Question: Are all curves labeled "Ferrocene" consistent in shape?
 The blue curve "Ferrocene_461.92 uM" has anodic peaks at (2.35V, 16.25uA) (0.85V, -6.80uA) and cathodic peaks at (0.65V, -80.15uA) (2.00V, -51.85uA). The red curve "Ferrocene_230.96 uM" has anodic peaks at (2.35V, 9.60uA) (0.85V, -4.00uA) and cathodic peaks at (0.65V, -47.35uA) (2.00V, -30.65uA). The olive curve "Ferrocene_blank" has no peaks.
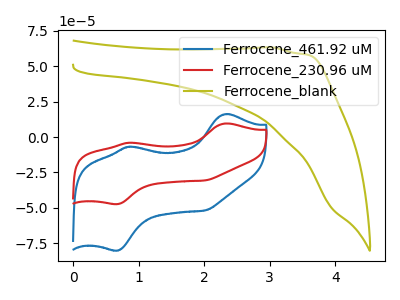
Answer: <think>All the peaks in "Ferrocene_461.92 uM" have a peak in "Ferrocene_230.96 uM" at the same potential. "Ferrocene_461.92 uM" and "Ferrocene_blank" have a different number of peaks. "Ferrocene_230.96 uM" and "Ferrocene_blank" have a different number of peaks.
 </think>
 <answer>All the CV's of "Ferrocene" have similar shape.</answer>
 <eval>follow_rule</eval>